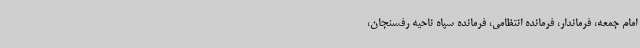
امام جمعه، فرماندار، فرمانده انتظامی، فرمانده سپاه ناحیه رفسنجان،